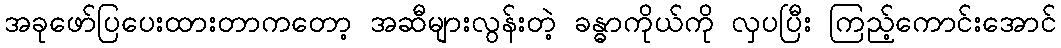
အခုဖော်ပြပေးထားတာကတော့ အဆီများလွန်းတဲ့ ခန္ဓာကိုယ်ကို လှပပြီး ကြည့်ကောင်းအောင်